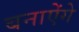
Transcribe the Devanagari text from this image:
बनाऐंगे